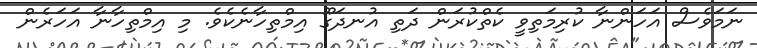
ނަމަވެސް އަހަންނާ ކުރިމަތިވީ ކެތްކުރަން ދަތި އުނދަގޫ އިމްތިހާނެކެވެ. މި އިމްތިހާނާ އަހަރެން